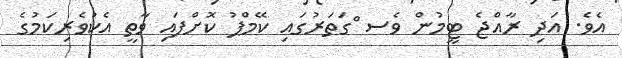
އެވެ. އަދި ރާއްޖެ ޓީމުން ވެސ ްގަތަރުގައި ކޭމްޕު ކޮށްފައި ވާތީ އެކުވެރިކަމުގެ